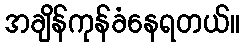
အချိန်ကုန်ခံနေရတယ်။